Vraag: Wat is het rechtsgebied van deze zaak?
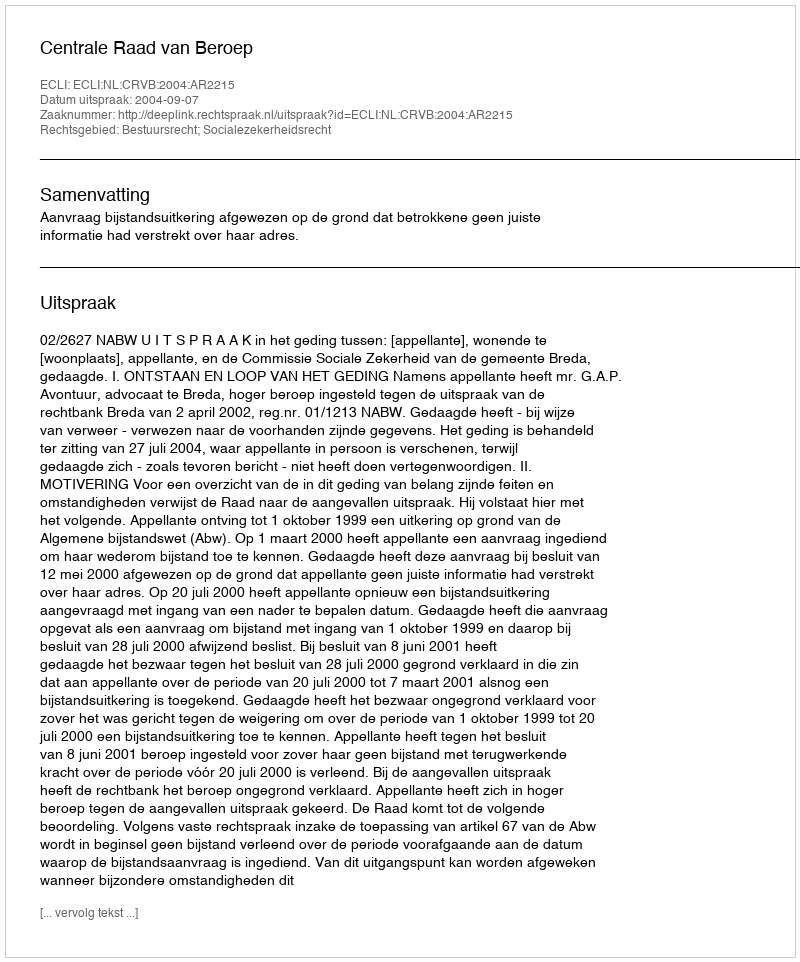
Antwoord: Bestuursrecht; Socialezekerheidsrecht